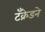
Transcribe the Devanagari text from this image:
टँक्रेडने